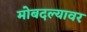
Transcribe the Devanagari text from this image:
मोबदल्यावर